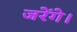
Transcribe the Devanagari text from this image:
जरेंगे।